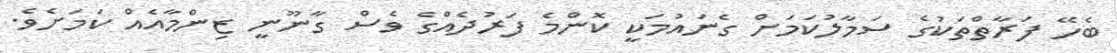
ބެހޭ ފަރާތްތަކުގެ ސަމާލުކަމަށް ގެނައުމަކީ ކޮންމެ ފަރުދެއްގެ ވެސް ގާނޫނީ ޒިންމާއެއް ކަމަށެވެ.